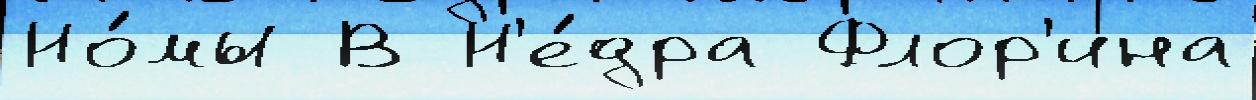
Но́мы В Н'е́дра Флор'ина